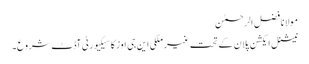
مولانا فضل الرحمٰن
نیشنل ایکشن پلان کے تحت غیر ملکی این جی اوز کا سیکیورٹی آڈٹ شروع۔